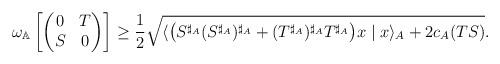
LaTeX: \begin{align*}\omega_{\mathbb{A}}\left[\begin{pmatrix}0&T\\S &0\end{pmatrix}\right]\geq\frac{1}{2}\sqrt{\langle\big(S^{\sharp_A} (S^{\sharp_A})^{\sharp_A} + (T^{\sharp_A})^{\sharp_A} T^{\sharp_A}\big)x\mid x\rangle_A+ 2c_A(TS)}.\end{align*}